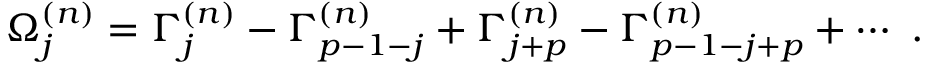
\Omega _ { j } ^ { ( n ) } = \Gamma _ { j } ^ { ( n ) } - \Gamma _ { p - 1 - j } ^ { ( n ) } + \Gamma _ { j + p } ^ { ( n ) } - \Gamma _ { p - 1 - j + p } ^ { ( n ) } + \cdots ~ .